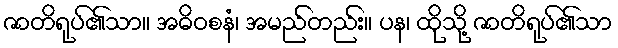
ဇာတိရုပ်၏သာ။ အဓိဝစနံ၊ အမည်တည်း။ ပန၊ ထိုသို့ ဇာတိရုပ်၏သာ